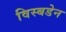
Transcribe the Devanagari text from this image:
विस्बडेन